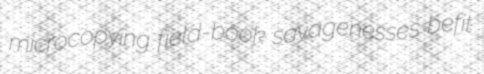
microcopying field-book savagenesses befit